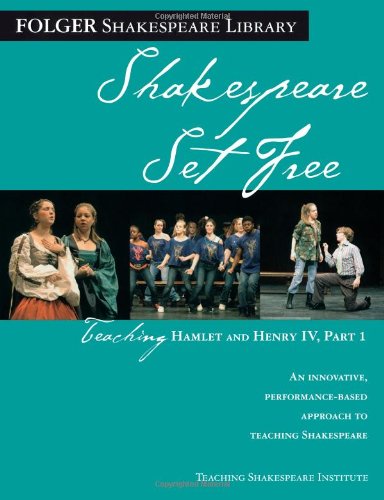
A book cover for Teaching Hamlet and Henry IV, Part 1: Shakespeare Set Free (Folger Shakespeare Library); Peggy O'Brien; Literature & Fiction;